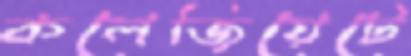
কলেজিয়েটে